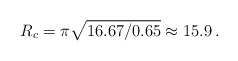
\begin{align*} R_c=\pi \sqrt{16.67/0.65} \approx 15.9 \, . \end{align*}